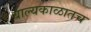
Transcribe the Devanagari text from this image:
बाल्यकाळातच